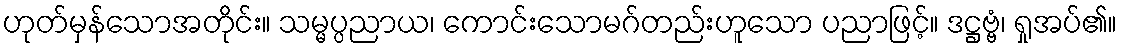
ဟုတ်မှန်သောအတိုင်း။ သမ္မပ္ပညာယ၊ ကောင်းသောမဂ်တည်းဟူသော ပညာဖြင့်။ ဒဋ္ဌဗ္ဗံ၊ ရှုအပ်၏။